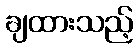
ချထားသည့်